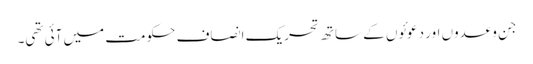
جن وعدوں اور دعوئوں کے ساتھ تحریک انصاف حکومت میں آئی تھی۔